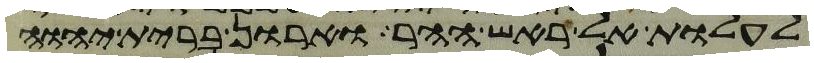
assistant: לעלות אל ראש ההר וארון ברית יהוה